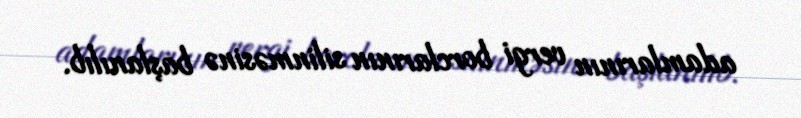
adamlarının vergi borclarının silinməsinə başlanılıb.